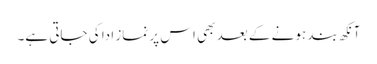
آنکھ بند ہونے کے بعد بھی اس پر نماز ادا کی جاتی ہے۔